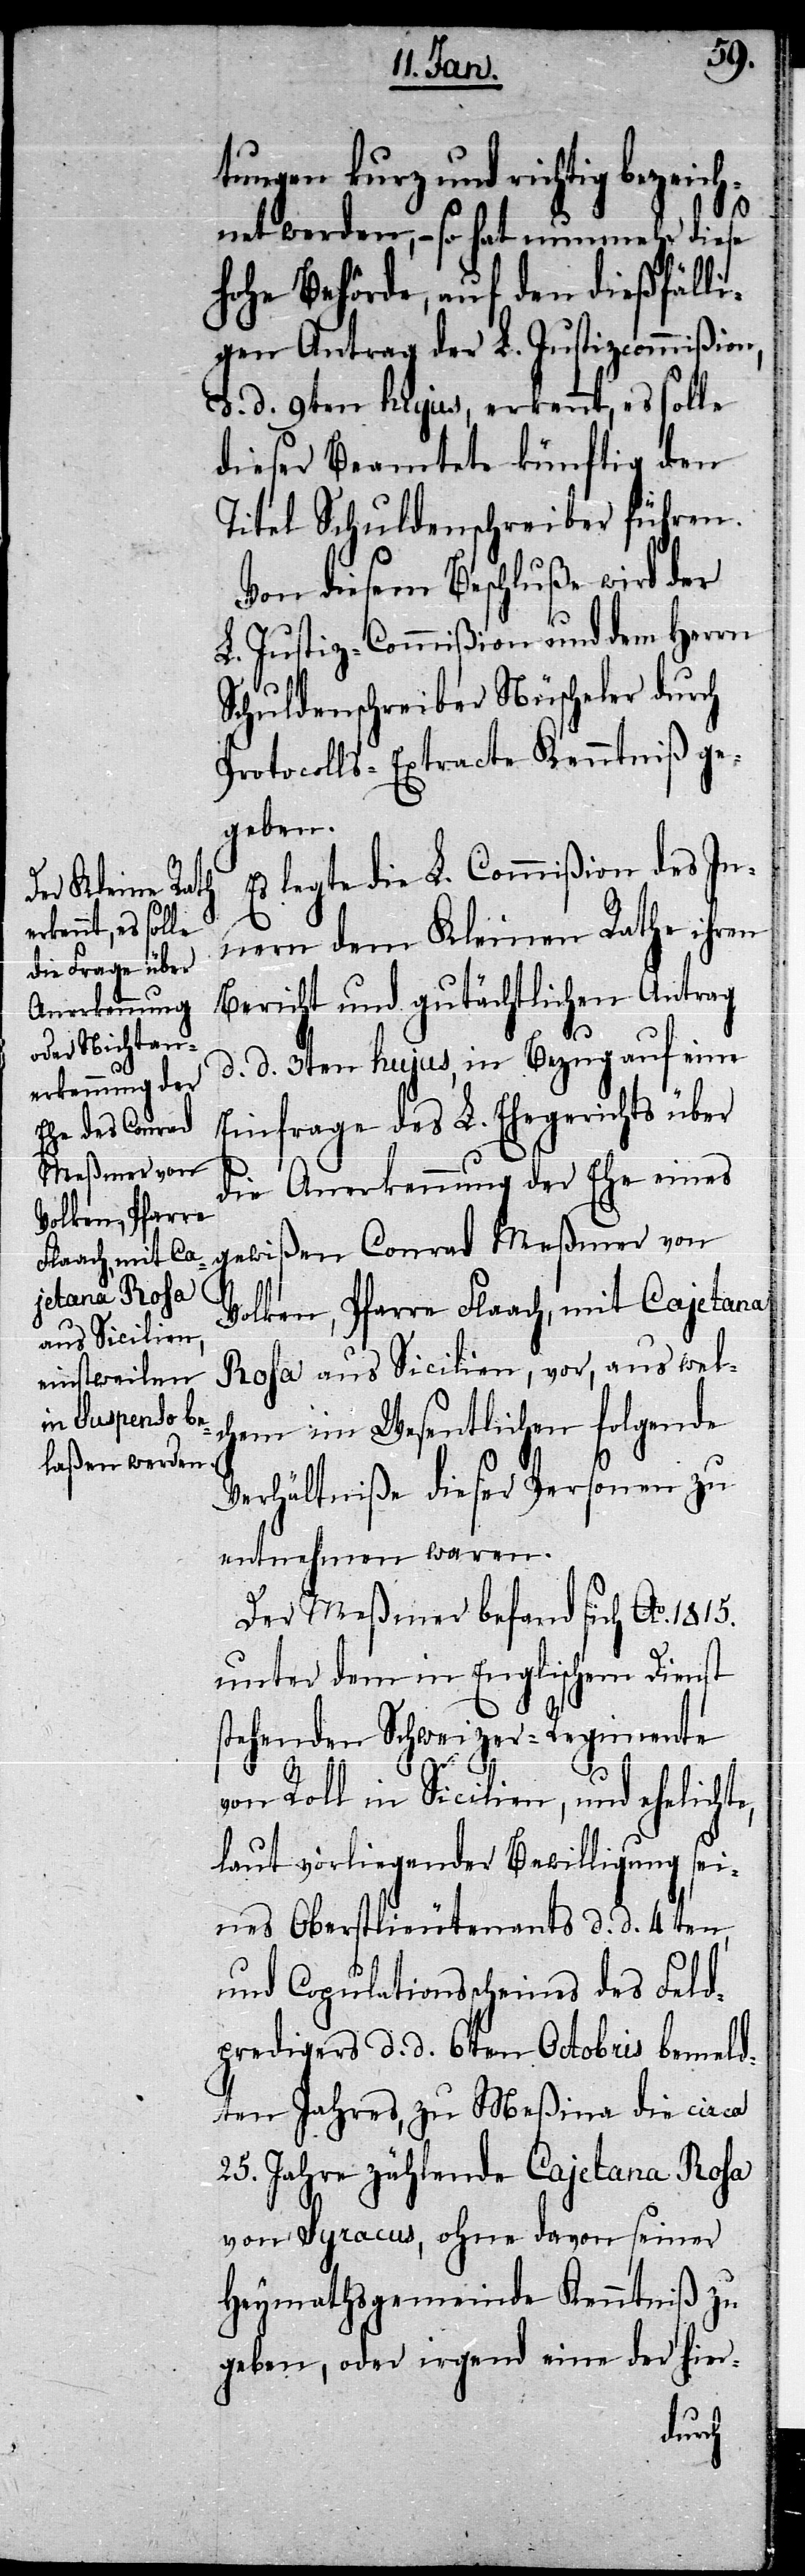
tungen kurz und richtig bezeich¬
net werden, – so hat nunmehr diese
hohe Behörde, auf den dießfälli¬
gen Antrag der L. Justizcommißion,
d. d. 9ten hujus, erkennt, es solle
dieser Beamtete künftig den
Titel Schuldenschreiber führen.
Von diesem Beschluße wird der
L. ustiz-Commißion und dem Herrn
Schuldenschreiber Nüscheler durch
Protocolls-Extracte Kenntniß ge¬
geben.
Es legte die L. Commißion des In¬
nern dem Kleinen Rathe ihren
Bericht und gutächtlichen Antrag
d. d. 3ten hujus, in Bezug auf eine
Einfrage des L. Ehegerichts über
die Anerkennung der Ehe eines
gewißen Conrad Meßmer von
Volken, Pfarre Flaach, mit Cajetana
Roha aus Sicilien, vor, aus wel¬
chem im Wesentlichen folgende
Verhältniße dieser Personen zu
entnehmen waren.
Der Meßmer befand sich Ao. 1815.
unter dem in Englischem Dienst
stehenden Schweizer-Regimente
te,
von Roll in Sicilien, und ehelich¬
laut vorliegender Bewilligung sei¬
nes Oberstlieutenants d. d. 4ten,
und Copulationsscheines des Feld¬
predigers d. d. 6ten Octobris bemeld¬
ten Jahres, zu Meßina die circa
25. Jahre zählende Cajetana Roha
von Syracus, ohne davon seiner
Heymathsgemeinde Kenntniß zu
geben, oder irgend eine der hier-